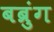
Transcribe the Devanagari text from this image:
बब्रुंग